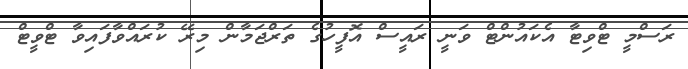
ރަސްމީ ޓްވިޓާ އެކައުންޓް ވަނީ ރައީސް އޮފީހުގެ ތަރްޖަމާން މިރޭ ކުރައްވާފައިވާ ޓްވީޓް